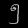
Digit: ၅